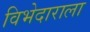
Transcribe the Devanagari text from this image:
विभेदाराला